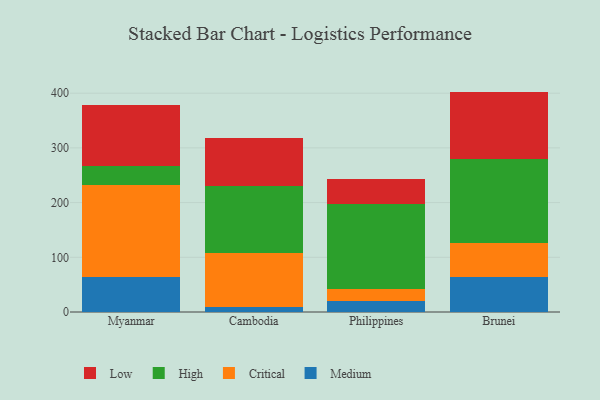
{"axis": {"x": "Country", "y": "Website Visitors"}, "legend": ["Critical", "High", "Low", "Medium"], "data": [{"x": "Myanmar", "y": 64.4, "type": "Medium"}, {"x": "Myanmar", "y": 167.7, "type": "Critical"}, {"x": "Myanmar", "y": 34.6, "type": "High"}, {"x": "Myanmar", "y": 111.7, "type": "Low"}, {"x": "Cambodia", "y": 9.1, "type": "Medium"}, {"x": "Cambodia", "y": 99.0, "type": "Critical"}, {"x": "Cambodia", "y": 121.7, "type": "High"}, {"x": "Cambodia", "y": 88.7, "type": "Low"}, {"x": "Philippines", "y": 19.8, "type": "Medium"}, {"x": "Philippines", "y": 22.1, "type": "Critical"}, {"x": "Philippines", "y": 155.4, "type": "High"}, {"x": "Philippines", "y": 45.4, "type": "Low"}, {"x": "Brunei", "y": 64.9, "type": "Medium"}, {"x": "Brunei", "y": 61.4, "type": "Critical"}, {"x": "Brunei", "y": 152.6, "type": "High"}, {"x": "Brunei", "y": 124.0, "type": "Low"}]}